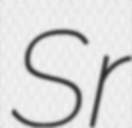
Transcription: Sr